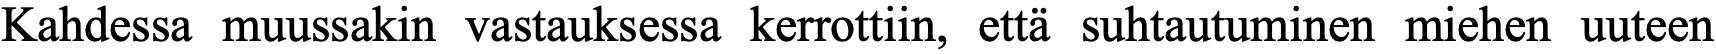
Kahdessa muussakin vastauksessa kerrottiin, että suhtautuminen miehen uuteen